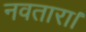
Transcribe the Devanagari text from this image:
नवतारा।